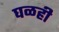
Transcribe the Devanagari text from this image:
घळही